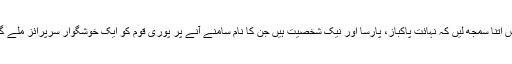
بس اتنا سمجھ لیں کہ نہائت پاکباز، پارسا اور نیک شخصیت ہیں جن کا نام سامنے آنے پر پوری قوم کو ایک خوشگوار سرپرائز ملے گا۔